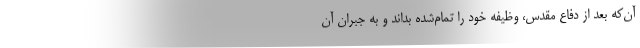
آن‌که بعد از دفاع مقدس، وظیفه خود را تمام‌شده بداند و به جبران آن